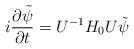
\begin{align*}i\frac{\partial\tilde{\psi}}{\partial t} = U^{-1} H_0 U \tilde{\psi}\end{align*}